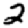
Digit: 2